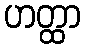
ဟတ္ထာ